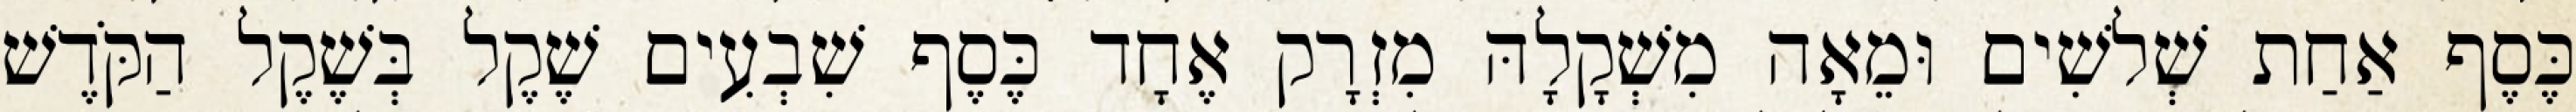
כֶּסֶף אַחַת שְׁלשִׁים וּמֵאָה מִשְׁקָלָהּ מִזְרָק אֶחָד כֶּסֶף שִׁבְעִים שֶׁקֶל בְּשֶׁקֶל הַקֹּדֶשׁ